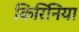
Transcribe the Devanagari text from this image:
किरिनिया